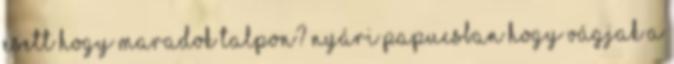
esett Hogy maradok talpon? Nyári papucsban hogy vágjak a